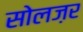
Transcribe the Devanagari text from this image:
सोलज़र